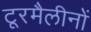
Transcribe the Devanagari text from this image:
टूरमैलीनों